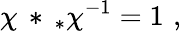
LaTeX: \chi\, *\, _{*}\chi^{-1}=1\, \, ,